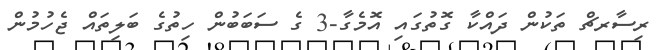
ރިސާރޗް ތަކުން ދައްކާ ގޮތުގައި އޮމެގާ-3 ގެ ސަބަބުން ހިތުގެ ބަލިތައް ޖެހުމުން